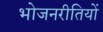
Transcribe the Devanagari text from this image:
भोजनरीतियों